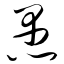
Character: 愚